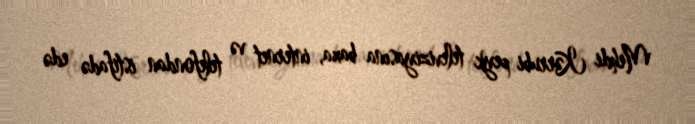
Mehdi Kərrubi peyk televiziyasına baxa, internet və telefondan istifadə edə